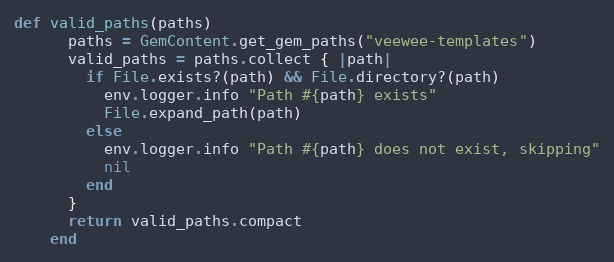
Language: Ruby
def valid_paths(paths)
      paths = GemContent.get_gem_paths("veewee-templates")
      valid_paths = paths.collect { |path|
        if File.exists?(path) && File.directory?(path)
          env.logger.info "Path #{path} exists"
          File.expand_path(path)
        else
          env.logger.info "Path #{path} does not exist, skipping"
          nil
        end
      }
      return valid_paths.compact
    end